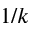
1 / k